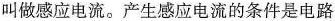
叫做感应电流。产生感应电流的条件是电路